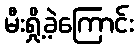
မီးရှို့ခဲ့ကြောင်း